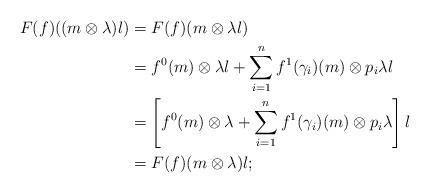
LaTeX: \begin{align*}F(f)((m \otimes \lambda)l) &= F(f)(m \otimes \lambda l)\\ &= f^0(m)\otimes \lambda l + \sum_{i=1}^{n}f^1(\gamma _{i})(m) \otimes p_i \lambda l\\ &= \left[ f^0(m)\otimes \lambda + \sum_{i=1}^{n}f^1(\gamma _{i})(m) \otimes p_i \lambda \right] l\\&= F(f)(m \otimes \lambda) l;\end{align*}